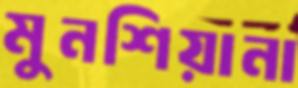
মুনশিয়ানা